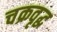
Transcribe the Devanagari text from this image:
चक्रवृद्ध